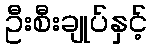
ဦးစီးချုပ်နှင့်